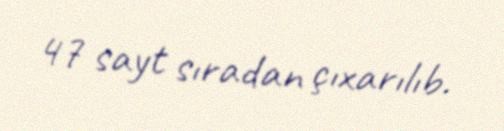
47 sayt sıradan çıxarılıb.